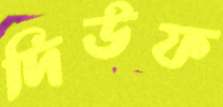
দিউফ